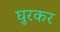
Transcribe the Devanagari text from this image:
घुरकर